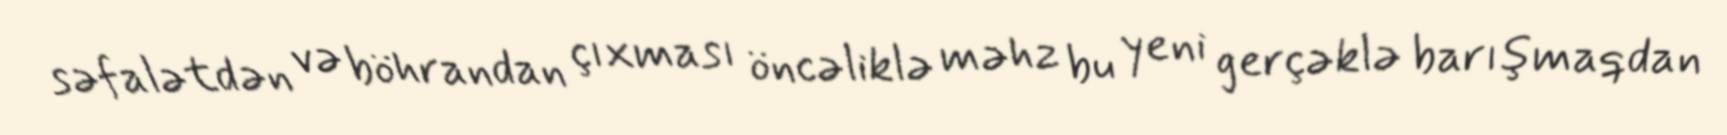
səfalətdən və böhrandan çıxması öncəliklə məhz bu yeni gerçəklə barışmaqdan